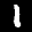
Label: 1